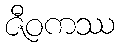
ဇီဝကဿ